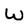
Character: W